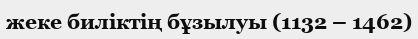
жеке биліктің бұзылуы (1132 – 1462)